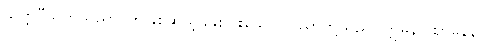
သတ္တဝီသတိသညာ၊ ဤနှစ်ဆယ့်ခုနှစ်ပါးသော သညာတို့သည်။ ဣမိနာ ဈာနေန၊